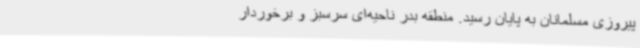
پیروزی مسلمانان به پایان رسید. منطقه بدر ناحیه‌ای سرسبز و برخوردار